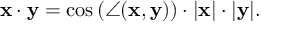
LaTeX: \mathbf { x } \cdot \mathbf { y } = \cos \left( \angle ( \mathbf { x } , \mathbf { y } ) \right) \cdot | \mathbf { x } | \cdot | \mathbf { y } | .